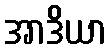
အာဒိယာ